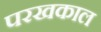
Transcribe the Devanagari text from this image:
परखकाल